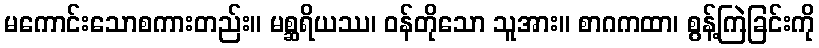
မကောင်းသောစကားတည်း။ မစ္ဆရိယဿ၊ ဝန်တိုသော သူအား။ စာဂကထာ၊ စွန့်ကြဲခြင်းကို